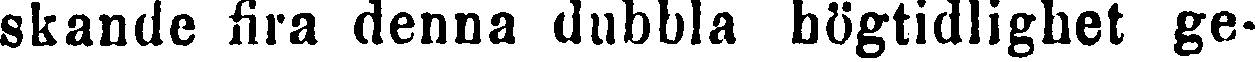
skande fira denna dubbla högtidlighet ge-